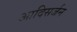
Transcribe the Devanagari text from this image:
आदिसर्जन